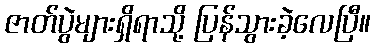
ဇာတ်ပွဲများရှိရာသို့ ပြန်သွားခဲ့လေပြီ။